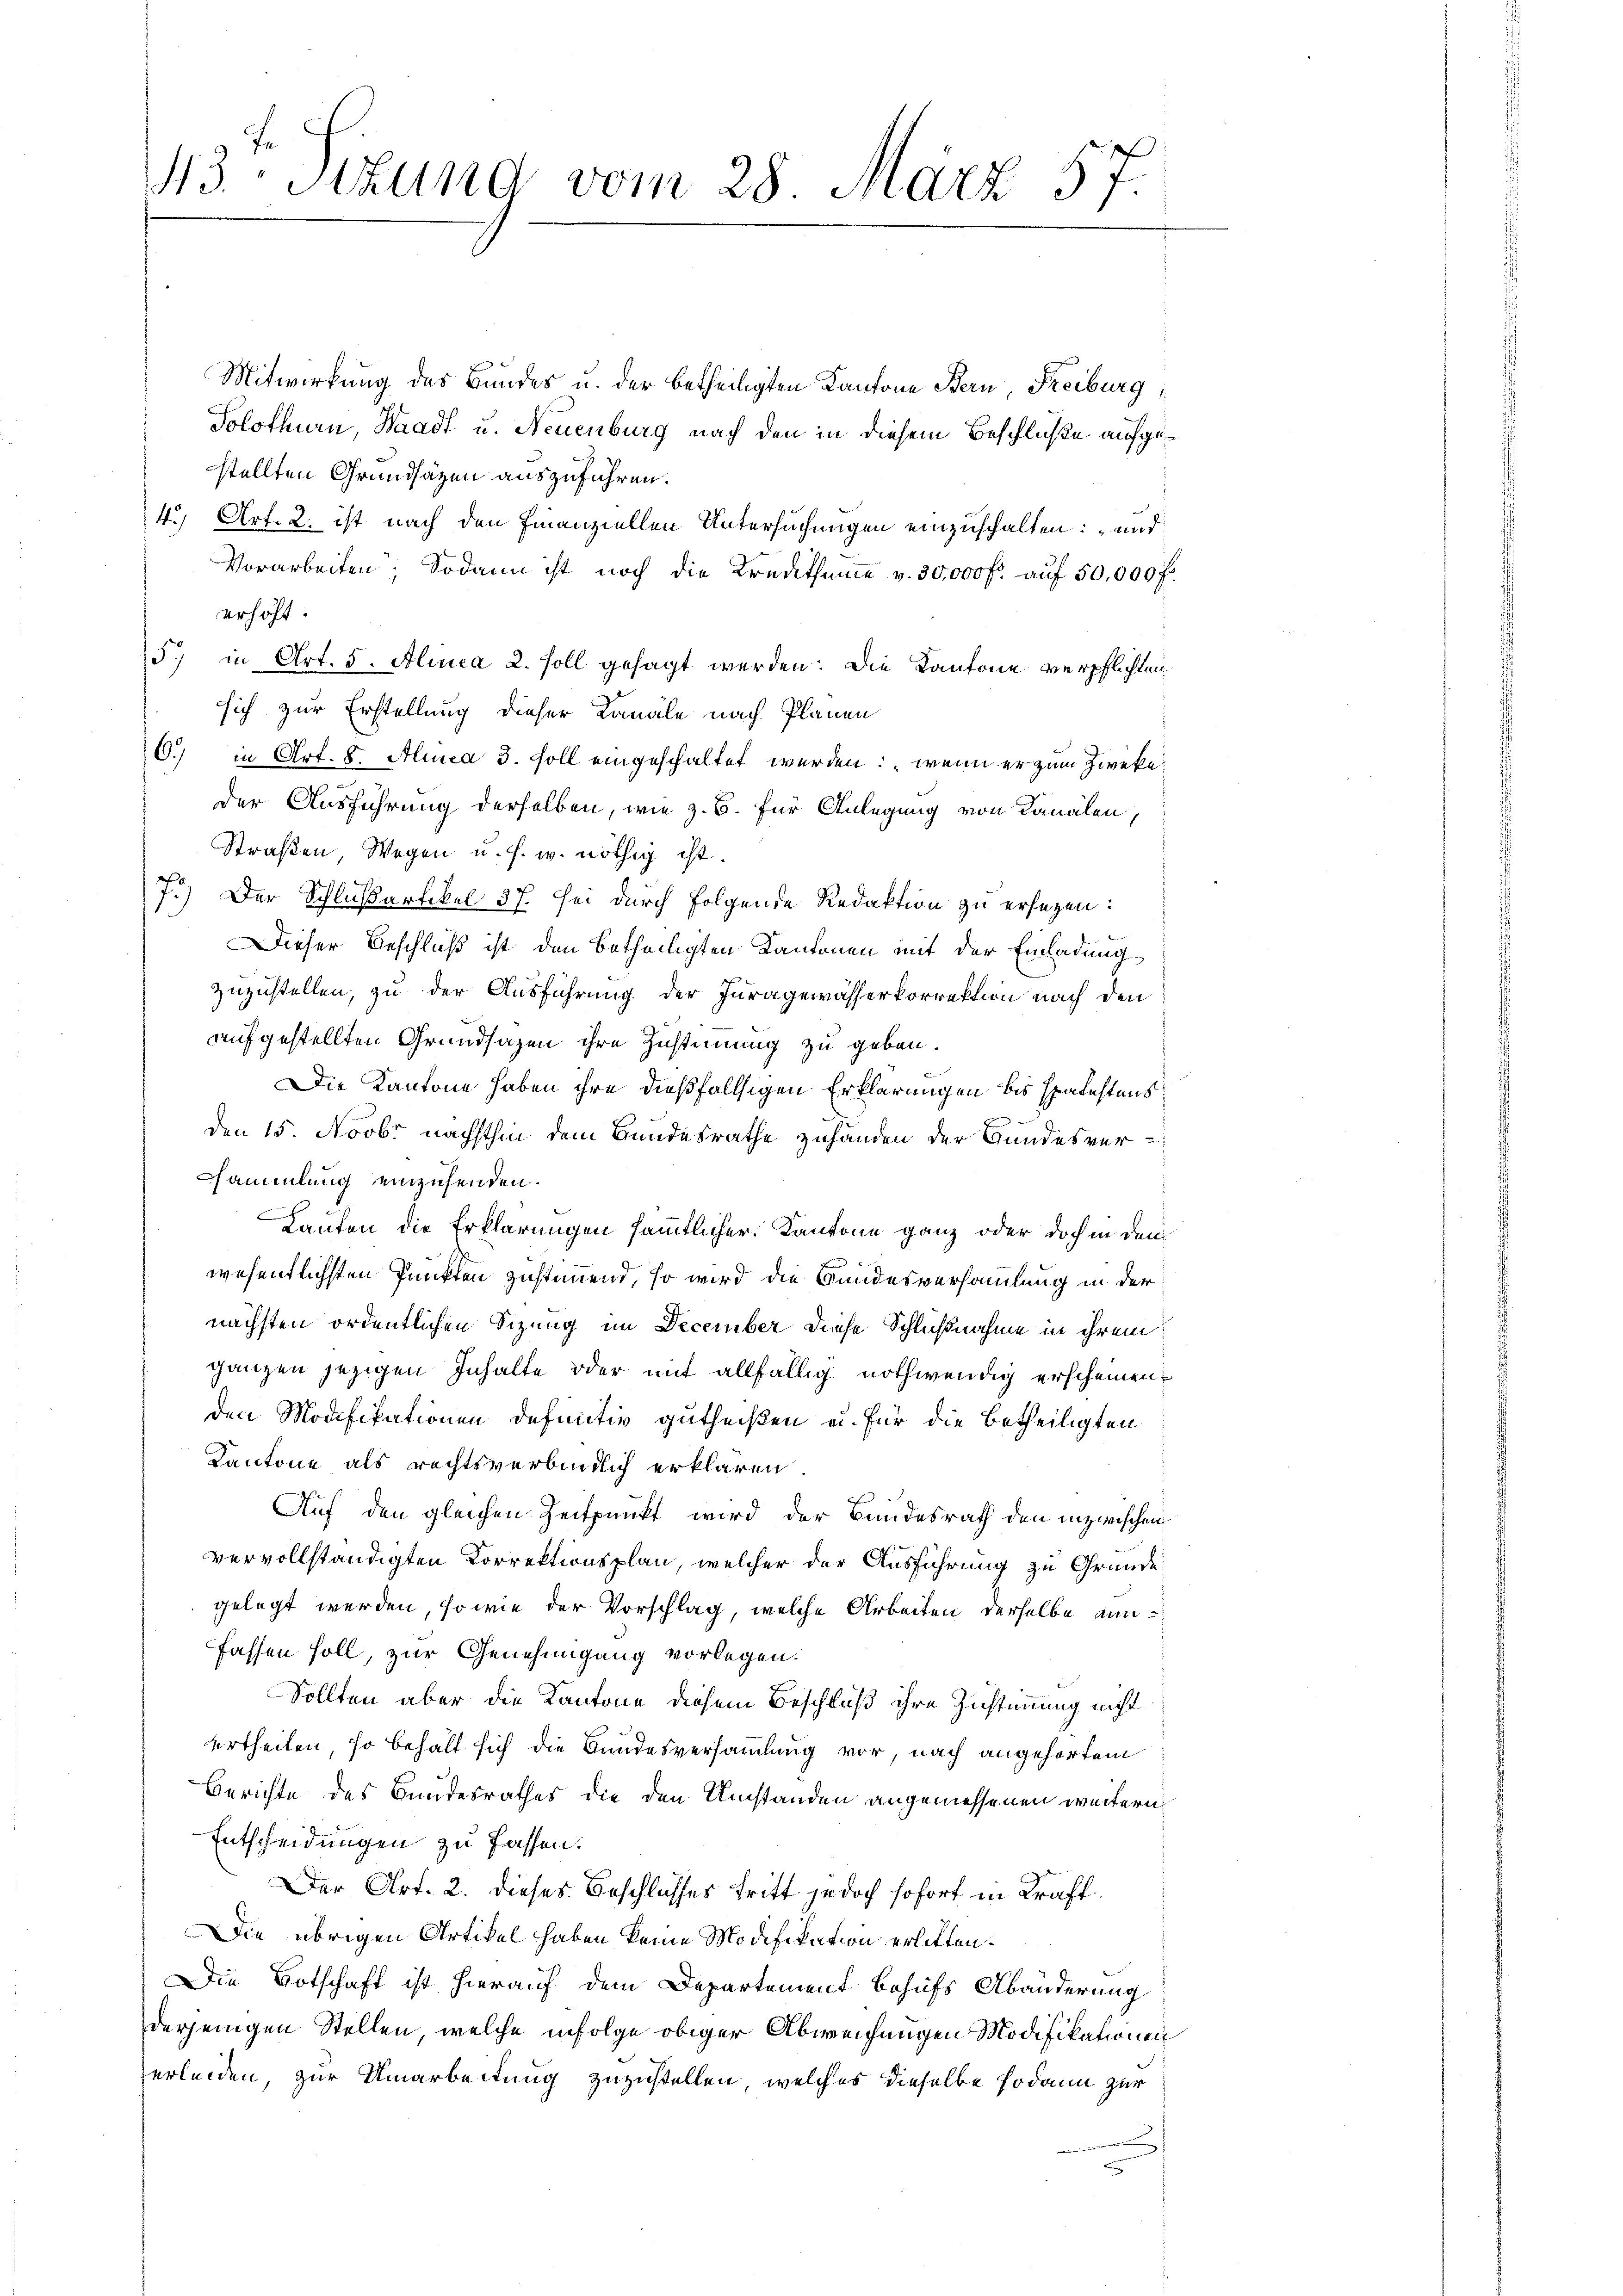
43te Sitzung vom 28. März 57.

Mitwirkung des Bundes u. der betheiligten Kantone Bern Freiburg,
Solothurn, Waadt u. Neuenburg nach den in diesem Beschluße aufgestellten Grundsäzen auszuführen.
4 Art. 2. ist nach den Finanziellen Untersuchungen einzuschalten: „und
Vorarbeiten. Sodann ist noch die Kredithume v. 30,000 fr. auf 50,000 f.
erhöht.
5. in Art. 5. Alinea 2. soll gesagt werden: Die Kantone verpflichten
sich zur Erstellung dieser Kanäle nach Planen
C.) in Art. 8. Alinea 3. soll eingeschaltet werden: „wenn er zum Zwecke.
der Ausführung derselben, wie z. B. für Anlegung von Kanalen,
Straßen, Wegen u. s. w. nöthig ist.
7.) Der Schlußartikel 37. Sei durch folgende Redaktion zu ersagen:
Dieser Beschluß ist den betheiligten Kantonen mit der Einladung
zuzustellen, zu der Ausführung der Juragewässerkorrektion nach den
aufgestellten Grundsazen ihre Zustimmung zu geben.
Die Kantone haben ihre dießfallsigen Erklärungen bis spalastens
Den 15. Novbr nächsthin dem Bundesrathe zuhanden der Bundesver-
sammlung einzusenden.
Lauten die Erklärungen sämmtlicher Kantone ganz oder doch in den
wesentlichsten Punkten zustimmend, so wird die Bundesversammlung in der
nächsten ordentlichen Sizung im December diese Schlußnahme in ihrem
ganzen jezigen Inhalte oder mit allfällig nothwendig erscheinen
den Modifikationen definitiv gutheißen u. für die betheiligten
Kantone als rechtsverbindlich erklären
Auf den gleichen Zeitpunkt wird der Bundesrath den inzwischen
vervollständigten Korrektionsplan, welcher der Ausführung zu Gründe
gelegt werden, so wie der Vorschlag, welche Arbeiten derselbe annfassen soll, zur Genehmigung vorlegen.
Sollten aber die Kantone diesem Beschluß ihre Zustimmung nicht
urtheilen, so behalt sich die Bundesversammlung vor, nach angehörtem
Berichte des Bundesrathes die den Umständen angemessenen weitern
Entscheidungen zu fassen.
Der Art. 2. dieses Beschlosses tritt jedoch sofort in Kraft
Die übrigen Artikel haben keine Modifikation erlitten.
Die Botschaft ist hierauf dem Departement behufs Abänderung
derjenigen Stellen, welche infolge obiger Abweichungen Modifikationen
erleiden, zur Umarbeitung zuzustellen, welches dieselbe sodann zur